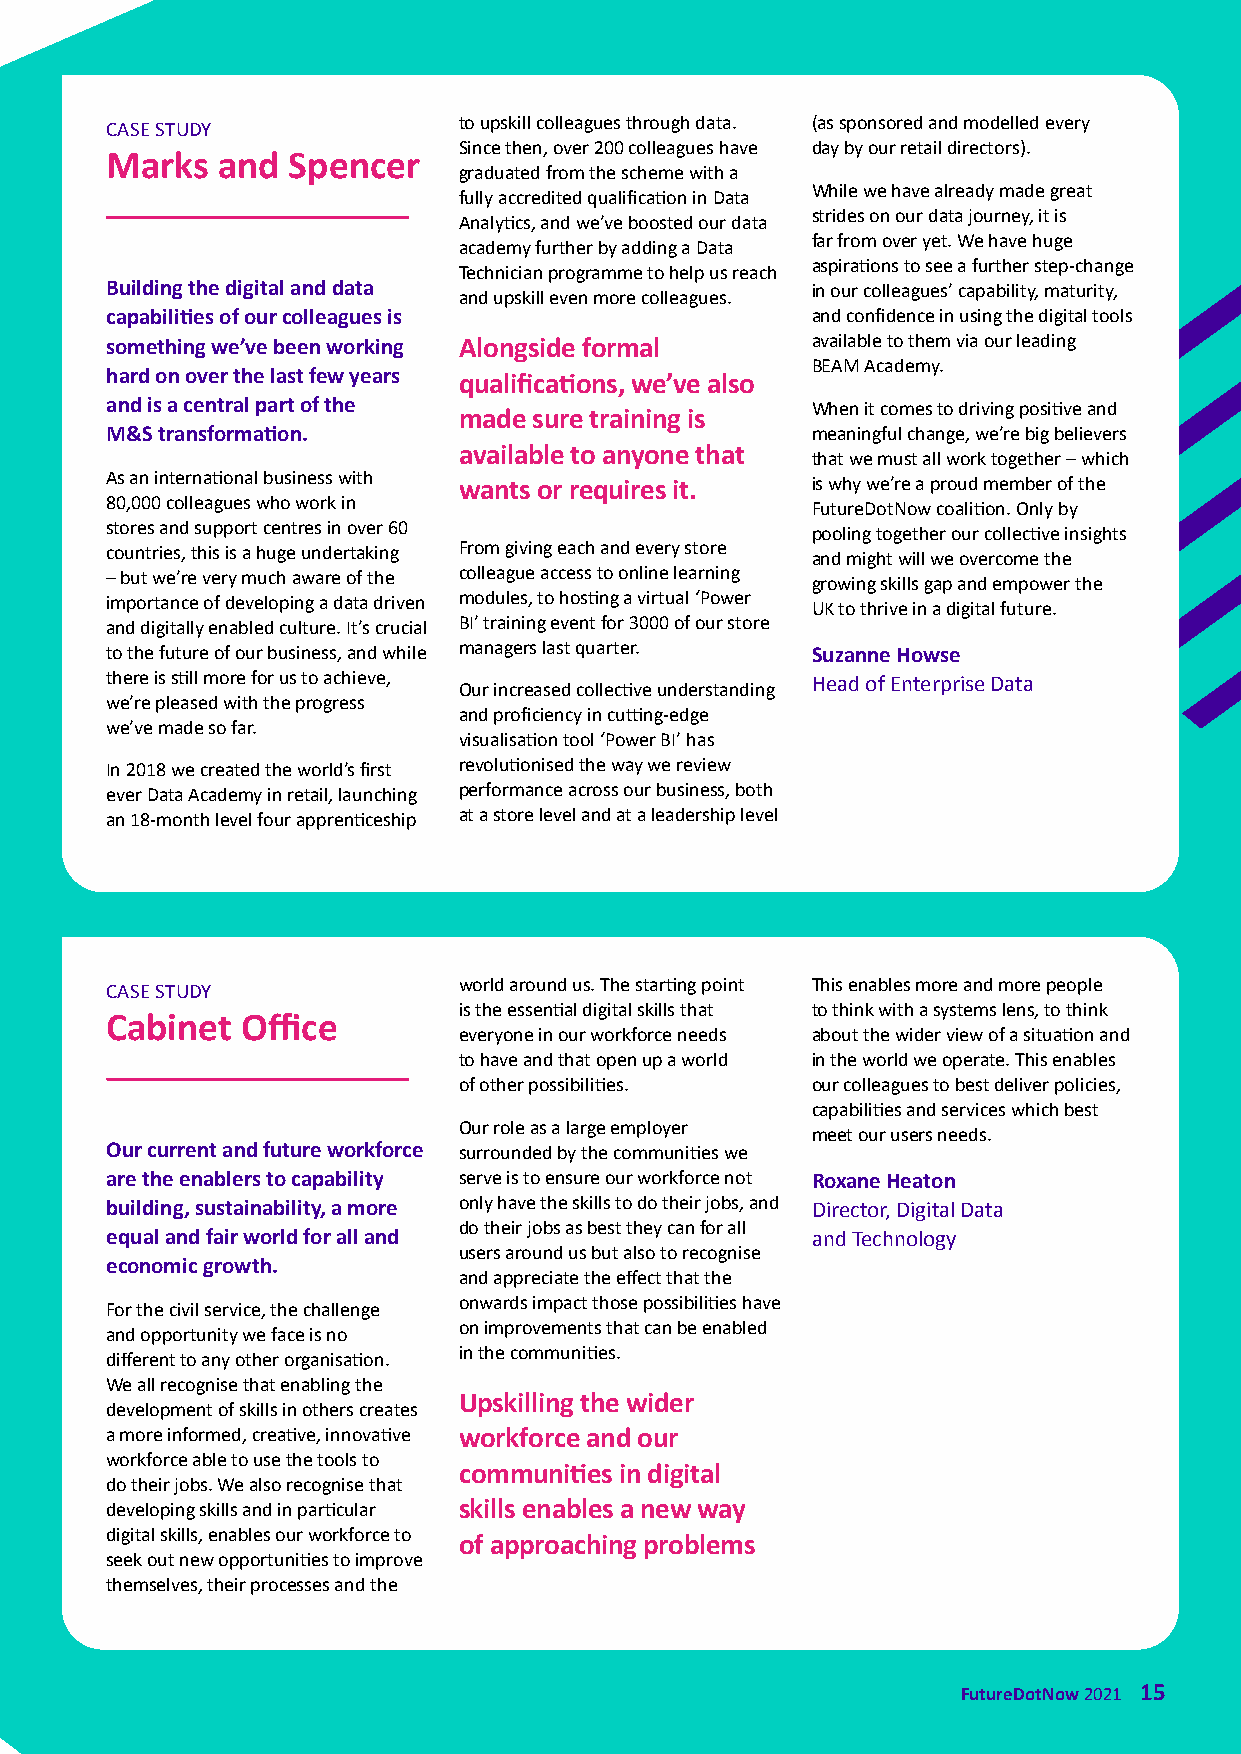
to upskill colleagues through data. (as sponsored and modelled every
 CASE STUDY
 Since then, over 200 colleagues have day by our retail directors).
 Marks  and  Spencer
 graduated from the scheme with a
 While we have already made great
 fully accredited qualification in Data
 strides on our data journey, it is
 Analytics, and we’ve boosted our data
 far from over yet. We have huge
 academy further by adding a Data
 aspirations to see a further step-change
 Technician programme to help us reach
 Building the digital and data                  in our colleagues’ capability, maturity,
 and upskill even more colleagues.
 capabilities of our colleagues is              and confidence in using the digital tools
 something we’ve been working Alongside formal  available to them via our leading
 BEAM Academy.
 hard on over the last few years qualifications, we’ve also
 and is a central part of the made sure training is When it comes to driving positive and
 M&S transformation.                            meaningful change, we’re big believers
 available to anyone that
 that we must all work together – which
 As an international business with wants or requires it. is why we’re a proud member of the
 80,000 colleagues who work in                  FutureDotNow coalition. Only by
 stores and support centres in over 60          pooling together our collective insights
 countries, this is a huge undertaking From giving each and every store and might will we overcome the
 – but we’re very much aware of the colleague access to online learning growing skills gap and empower the
 importance of developing a data driven modules, to hosting a virtual ‘Power UK to thrive in a digital future.
 and digitally enabled culture. It’s crucial BI’ training event for 3000 of our store
 to the future of our business, and while managers last quarter. Suzanne Howse
 there is still more for us to achieve,         Head of Enterprise Data
 Our increased collective understanding
 we’re pleased with the progress
 and proficiency in cutting-edge
 we’ve made so far.
 visualisation tool ‘Power BI’ has
 In 2018 we created the world’s first revolutionised the way we review
 ever Data Academy in retail, launching performance across our business, both
 an 18-month level four apprenticeship at a store level and at a leadership level
 world around us. The starting point This enables more and more people
 CASE STUDY
 is the essential digital skills that to think with a systems lens, to think
 Cabinet  Office
 everyone in our workforce needs about the wider view of a situation and
 to have and that open up a world in the world we operate. This enables
 of other possibilities. our colleagues to best deliver policies,
 capabilities and services which best
 Our role as a large employer
 meet our users needs.
 Our current and future workforce surrounded by the communities we
 are the enablers to capability serve is to ensure our workforce not Roxane Heaton
 building, sustainability, a more only have the skills to do their jobs, and Director, Digital Data
 do their jobs as best they can for all
 equal and fair world for all and               and Technology
 users around us but also to recognise
 economic growth.
 and appreciate the effect that the
 onwards impact those possibilities have
 For the civil service, the challenge
 on improvements that can be enabled
 and opportunity we face is no
 in the communities.
 different to any other organisation.
 We all recognise that enabling the
 Upskilling the wider
 development of skills in others creates
 a more informed, creative, innovative workforce and our
 workforce able to use the tools to
 communities in digital
 do their jobs. We also recognise that
 developing skills and in particular skills enables a new way
 digital skills, enables our workforce to of approaching problems
 seek out new opportunities to improve
 themselves, their processes and the
 FutureDotNow 2021 15